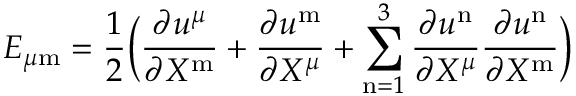
E _ { \mu \mathrm { m } } = { \frac { 1 } { 2 } } \biggl ( { \frac { \partial u ^ { \mu } } { \partial X ^ { \mathrm { m } } } } + { \frac { \partial u ^ { \mathrm { m } } } { \partial X ^ { \mu } } } + \sum _ { \mathrm { n } = 1 } ^ { 3 } { \frac { \partial u ^ { \mathrm { n } } } { \partial X ^ { \mu } } } { \frac { \partial u ^ { \mathrm { n } } } { \partial X ^ { \mathrm { m } } } } \biggr )